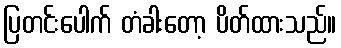
ပြတင်းပေါက် တံခါးတော့ ပိတ်ထားသည်။